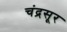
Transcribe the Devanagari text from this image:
चंद्रसूर